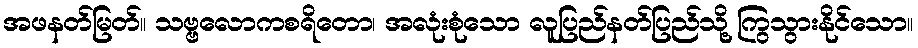
အဖနတ်မြတ်။ သဗ္ဗလောကစရိတော၊ အလုံးစုံသော လူပြည်နတ်ပြည်သို့ ကြွသွားနိုင်သော။